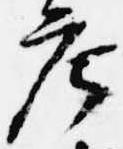
庄